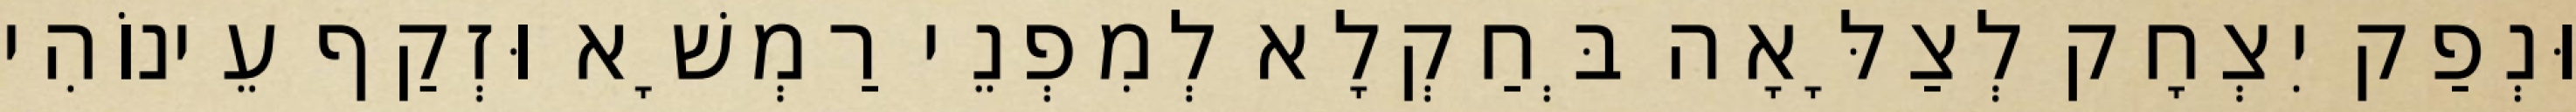
וּנְפַק יִצְחָק לְצַלָּאָה בְּחַקְלָא לְמִפְנֵי רַמְשָׁא וּזְקַף עֵינוֹהִי